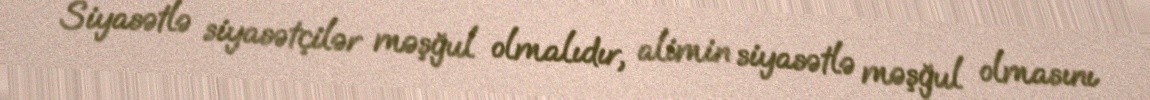
Siyasətlə siyasətçilər məşğul olmalıdır, alimin siyasətlə məşğul olmasını